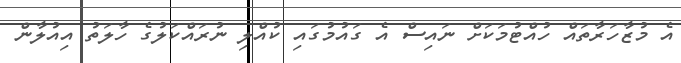
އެ މުޒާހަރާތައް ހުއްޓުމަކަށް ނައިސް އެ ގައުމުގައި ކުއްލި ނުރައްކަލުގެ ހާލަތު އިއުލާން